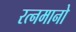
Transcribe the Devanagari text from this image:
रत्नमानो